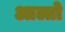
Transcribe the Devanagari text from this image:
आल्तो